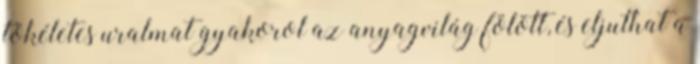
tökéletes uralmat gyakorol az anyagvilág fölött, és eljuthat a